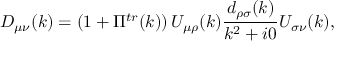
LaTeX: D _ { \mu \nu } ( k ) = \left( 1 + \Pi ^ { t r } ( k ) \right) U _ { \mu \rho } ( k ) \frac { d _ { \rho \sigma } ( k ) } { k ^ { 2 } + i 0 } U _ { \sigma \nu } ( k ) ,